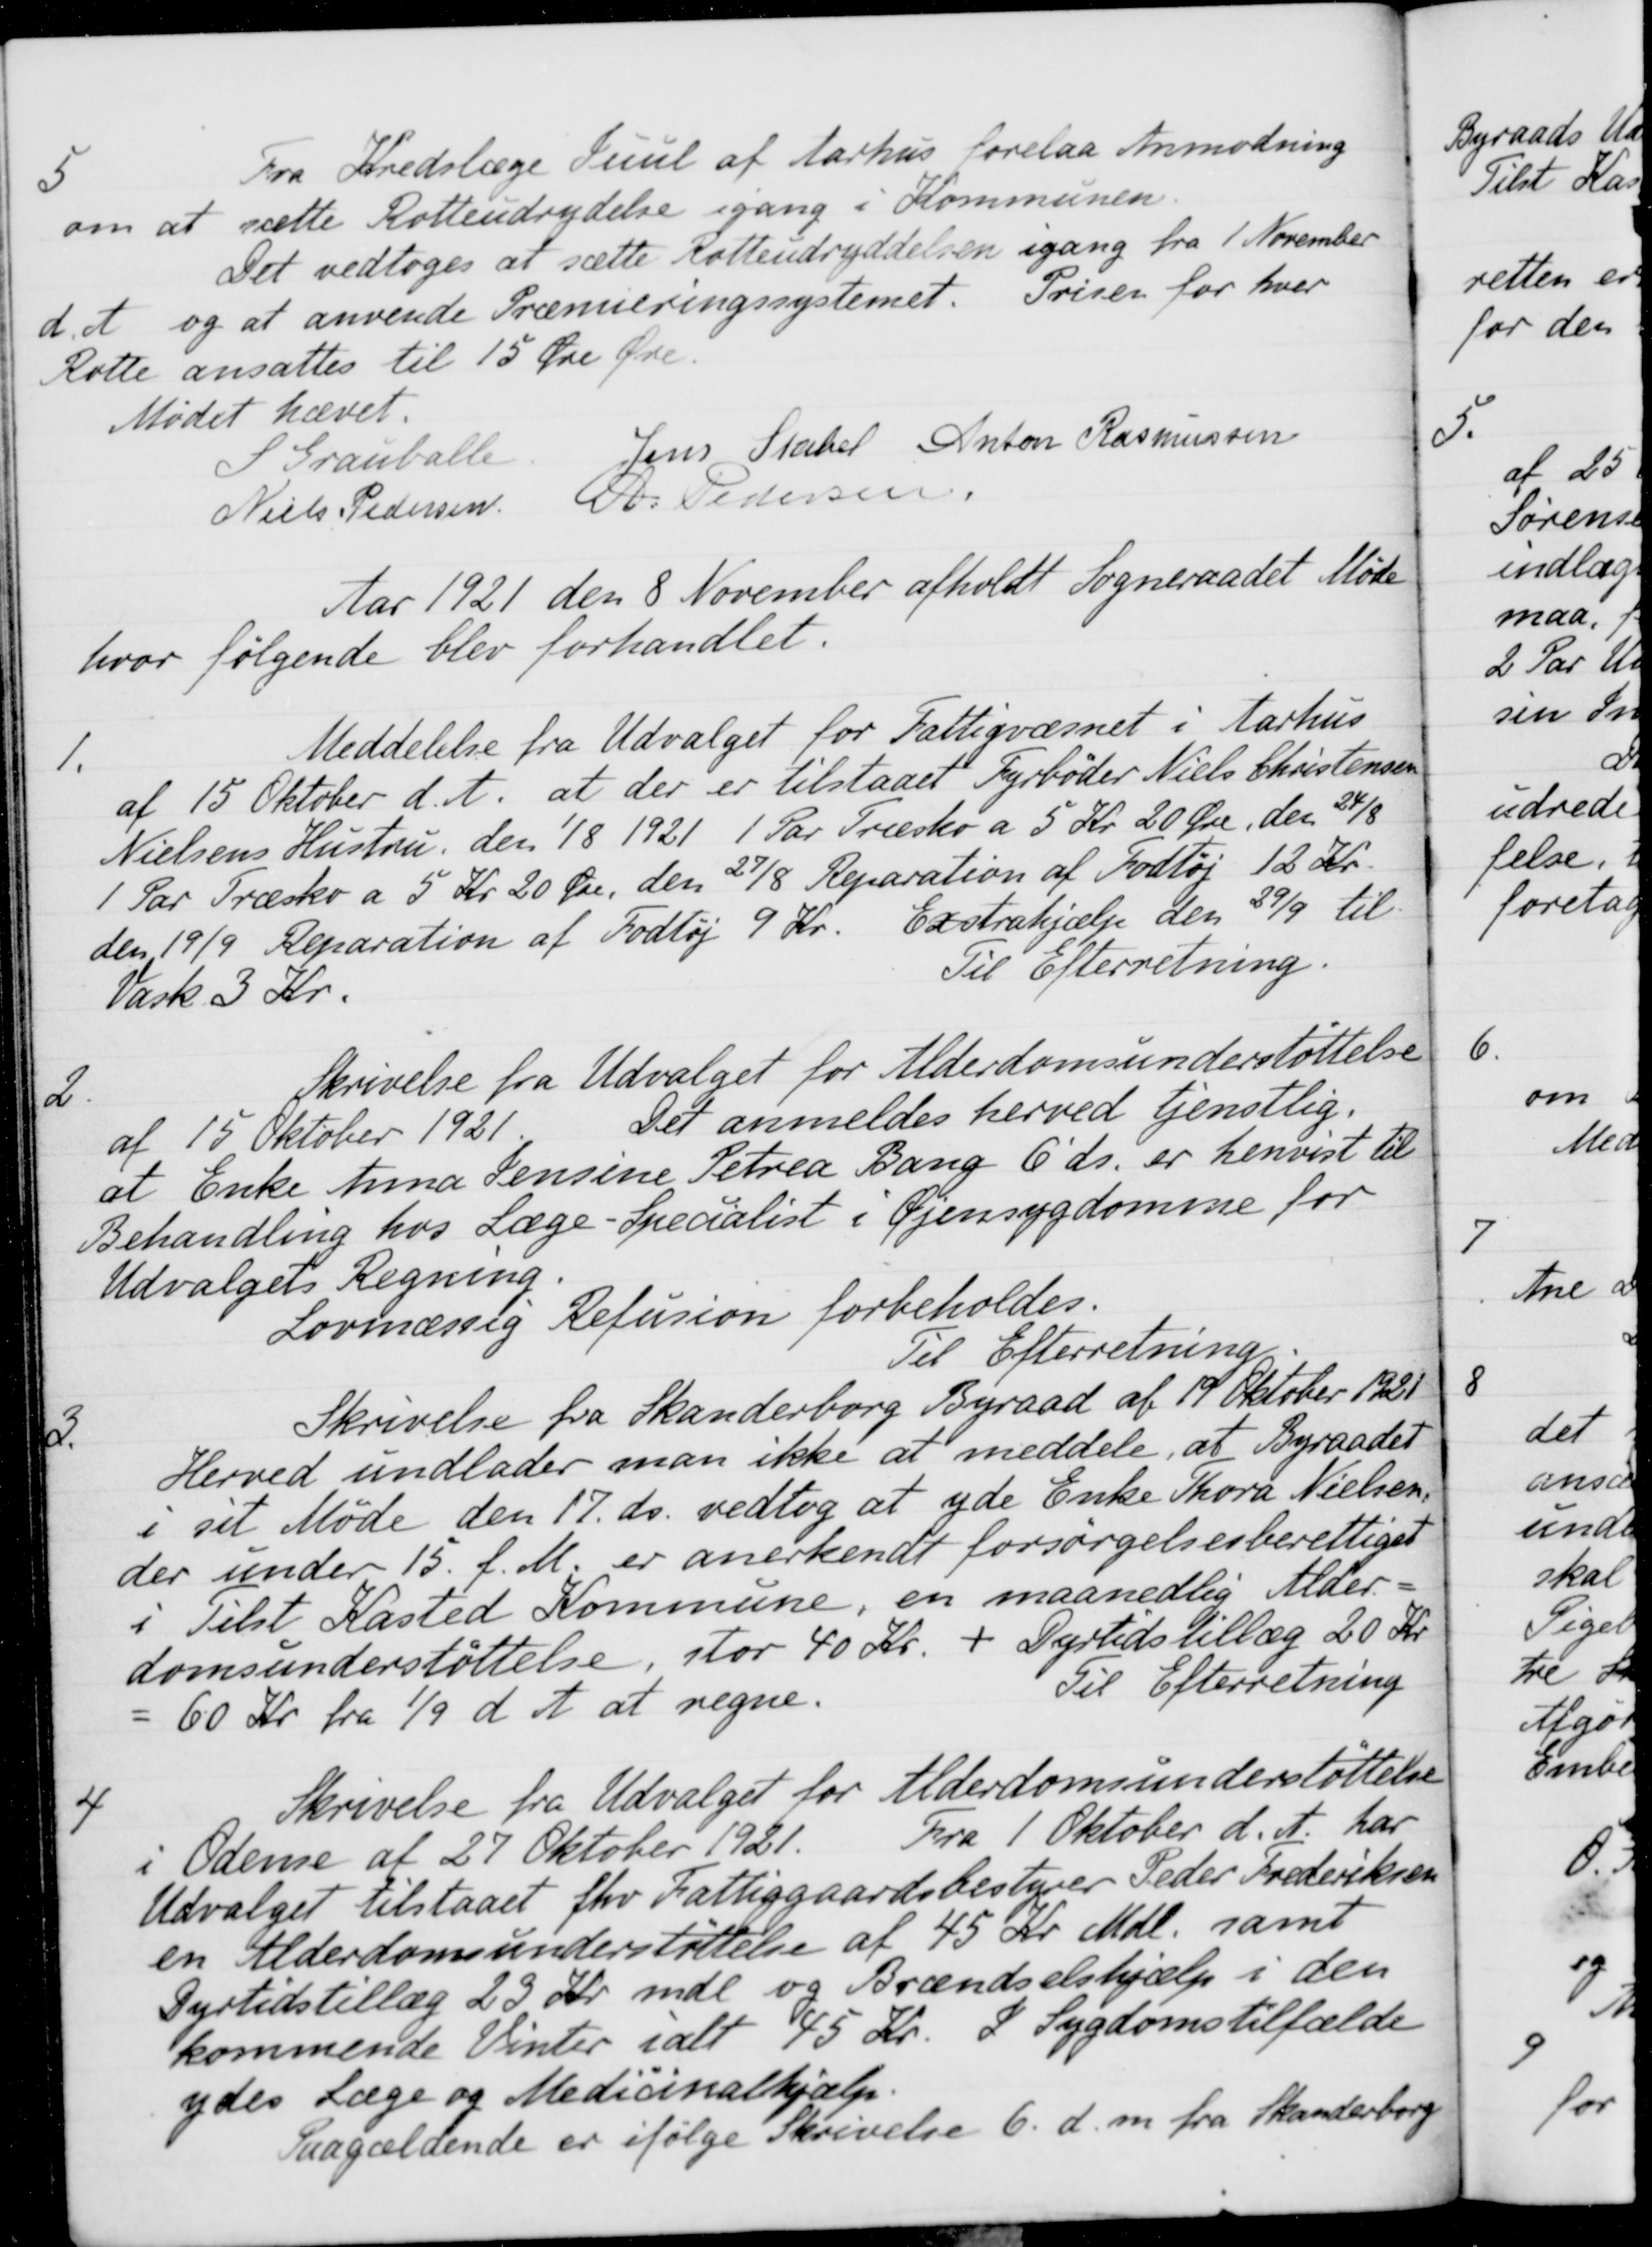
Transskription:
5
Fra Kredslæge Juul af Aarhus forelaa Anmodning
om at sætte Rotteudrydelse igang i Kommunen.
Det vedtoges at sætte Rotteudryddelsen igang fra 1 November
d. A. og at anvende Præmieringssystemet. Prisen for hver
Rotte ansattes til 15 Øre Øre
Mødet hævet.
S Grauballe
Jens Stabel
Anton Rasmussen
Niels Pedersen
A. Pedersen
Aar 1921 den 8 November afholdt Sogneraadet Møde
hvor følgende blev forhandlet.
1.
Meddelelse fra Udvalget for Fattigvæsnet i Aarhus
af 15 Oktober d. A. at der er tilstaaet Fyrbøder Niels Christensen
Nielsens Hustru, den 1/8 1921 1 Par Træsko a 5 Kr. 20 Øre, den 24/8
1 Par Træsko a 5 Kr 20 Øre, den 27/8 Reparation af Fodtøj 12 Kr.
den 19/9 Reparation af Fodtøj 9 Kr. Exstrahjælp den 29/9 til
Vask 3 Kr.
Til Efterretning.
2.
Skrivelse fra Udvalget for Alderdomsunderstøttelse
af 15 Oktober 1921 Det anmeldes herved tjenstlig.
at Enke Anna Pensine Petrea Bang 6' ds. er henvist til
Behandling hos Læge-Specialist i Øjensygdomme for
Udvalgets Regning.
Lovmæssig Refusion forbeholdes.
Til Efterretning.
3.
Skrivelse fra Skanderborg Byraad af 19 Oktober 1921
Herved undlader man ikke at meddele, at Byraadet
i sit Møde den 17. ds. vedtog at yde Enke Thora Nielsen,
der under 15 f. M. er anerkendt forsørgelsesberettiget
i Tilst Kasted Kommune, en maanedlig Alder-
domsunderstøttelse, stor 40 Kr. + Dyrtidstillæg 20 Kr.
= 60 Kr. fra 1/9 d. A. at regne.
Til Efterretning
4
Skrivelse fra Udvalget for Alderdomsunderstøttelse
Fra 1 Oktober d. A. har
i Odense af 27 Oktober 1921
Udvalget tilstaaet fhv Fattiggaardsbestyrer Peder Frederiksen
en Alderdomsunderstøttelse af 45 Kr. Mdl. samt
Dyrtidstillæg 23 Kr. mdl. og Brændselshjælp i den
kommende Vinter ialt 45 Kr. I Sygdomstilfælde
ydes Læge og Medicinalhjælp.
Paagældende er ifølge Skrivelse 6. d. m. fra Skanderborg